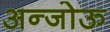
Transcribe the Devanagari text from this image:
अन्जोऊ